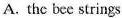
A. the bee strings